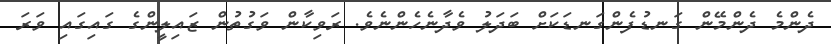
ދެންމެ ދެންމޭން ގަނޑުފެންގަނޑަކަށް ބަދަލު ވެދާނެހެންނެވެ. ރަވިކާން ވަގުތުން ޒައިލީންގެ ގައިގައި ވަރަ